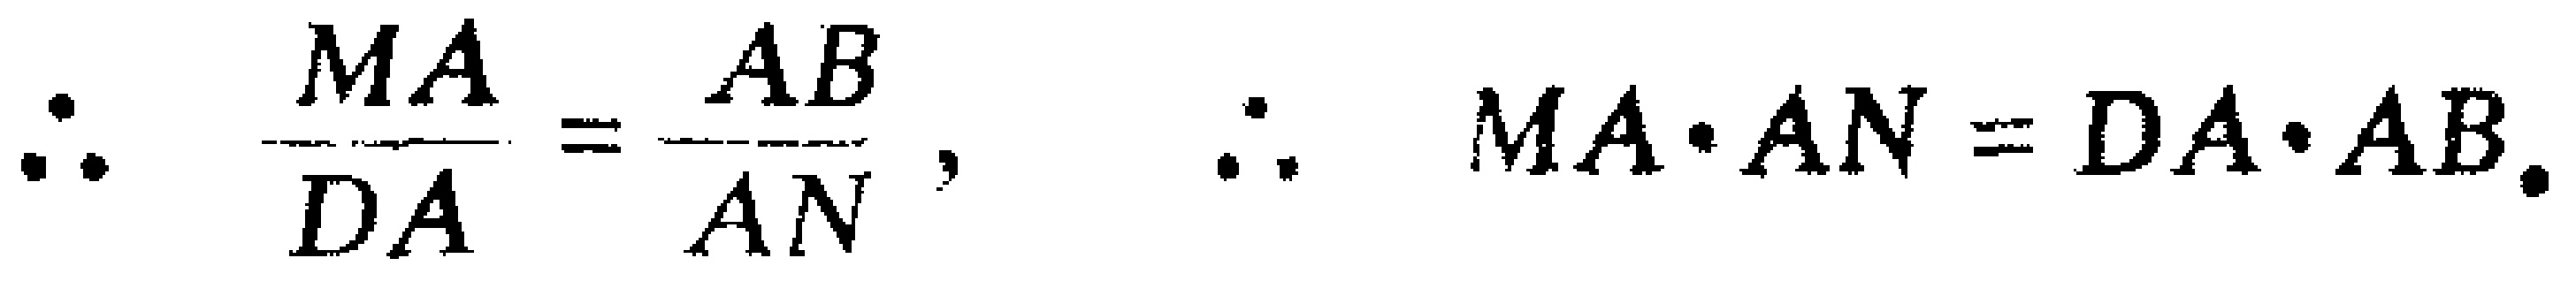
\(\therefore \frac{MA}{DA}=\frac{AB}{AN},\ \ \therefore MA\cdot AN = DA\cdot AB.\)